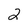
Character: 2